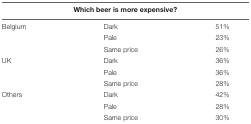
<table><thead><tr><td colspan="3"><b>Which beer is more expensive?</b></td></tr></thead><tbody><tr><td>Belgium</td><td>Dark</td><td>51%</td></tr><tr><td></td><td>Pale</td><td>23%</td></tr><tr><td></td><td>Same price</td><td>26%</td></tr><tr><td>UK</td><td>Dark</td><td>36%</td></tr><tr><td></td><td>Pale</td><td>36%</td></tr><tr><td></td><td>Same price</td><td>28%</td></tr><tr><td>Others</td><td>Dark</td><td>42%</td></tr><tr><td></td><td>Pale</td><td>28%</td></tr><tr><td></td><td>Same price</td><td>30%</td></tr></tbody></table>